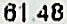
61.48